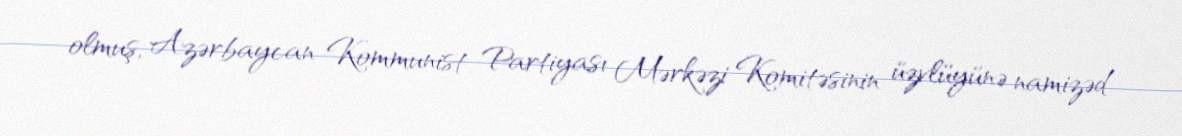
olmuş, Azərbaycan Kommunist Partiyası Mərkəzi Komitəsinin üzvlüyünə namizəd